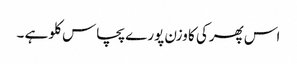
اس پھرکی کا وزن پورے پچاس کلو ہے ۔